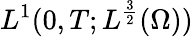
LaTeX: L^{1}(0,T;L^{\frac 32}(\Omega))